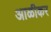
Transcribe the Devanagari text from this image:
आळीकर